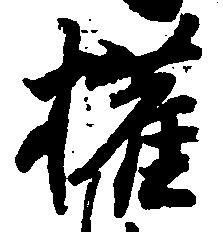
権